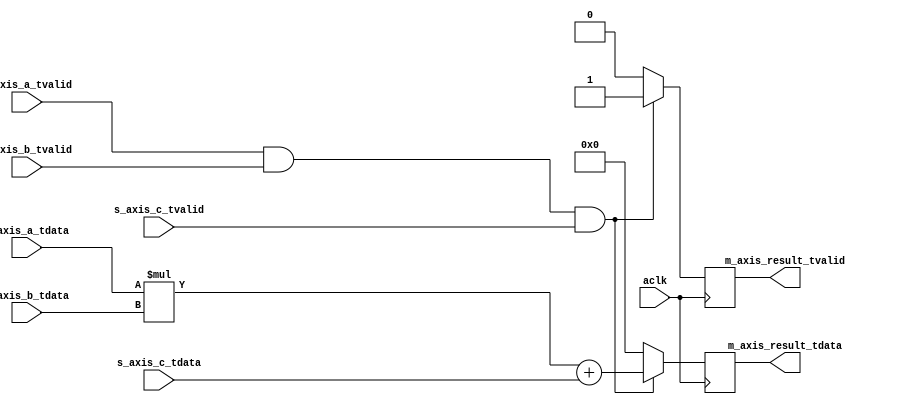
`timescale 1ns / 1ps

module MACC #(
    parameter   BITWIDTH    =   32
)(
    input   aclk,
    input   [   BITWIDTH - 1 : 0    ]   s_axis_a_tdata,
    input   s_axis_a_tvalid,
    input   [   BITWIDTH - 1 : 0    ]   s_axis_b_tdata,
    input   s_axis_b_tvalid,
    input   [   BITWIDTH - 1 : 0    ]   s_axis_c_tdata,
    input   s_axis_c_tvalid,
    output  [   BITWIDTH - 1 : 0    ]   m_axis_result_tdata,
    output  m_axis_result_tvalid  
);

reg dvalid;
reg [   BITWIDTH - 1 : 0    ]   dout;

wire valid;

assign valid = s_axis_a_tvalid && s_axis_b_tvalid && s_axis_c_tvalid;
assign m_axis_result_tvalid = dvalid;
assign m_axis_result_tdata = dout;

always @(posedge aclk)
    if ( valid )
        dout <= s_axis_a_tdata * s_axis_b_tdata + s_axis_c_tdata;
    else
        dout <= 'd0;

always @(posedge aclk)
    if ( valid )
        dvalid <= 1'b1;
    else
        dvalid <= 1'b0;

endmodule